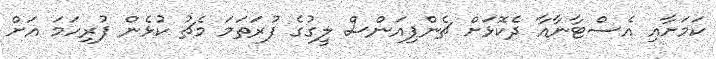
ކަމަށާއި އެސްޓާނާއާ ދެކޮޅަށް ޗެންޕިއަންސް ލީގުގެ ފުރަތަމަ މެޗު ކުޅެން ފުރިހަމަ އަށް